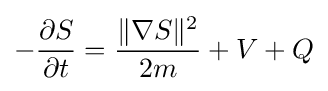
-{\frac {\partial S}{\partial t}}={\frac {\|\nabla S\|^{2}}{2m}}+V+Q